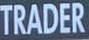
TRADER